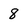
Character: 8